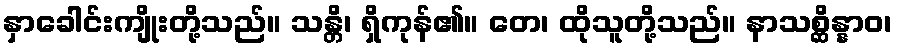
နှာခေါင်းကျိုးတို့သည်။ သန္တိ၊ ရှိကုန်၏။ တေ၊ ထိုသူတို့သည်။ နာသစ္ဆိန္နာဝ၊